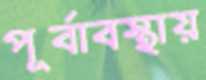
পূর্বাবস্থায়